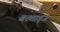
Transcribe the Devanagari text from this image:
बख्ताड्जे